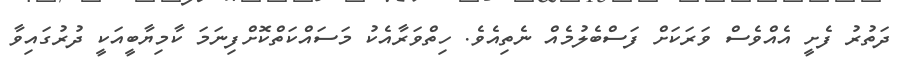
ދަތުރު ފެށީ އެއްވެސް ވަރަކަށް ފަސްބެލުމެއް ނެތިއެވެ. ހިތްވަރާއެކު މަސައްކަތްކޮށްފިނަމަ ކާމިޔާބީއަކީ ދުރުގައިވާ